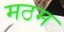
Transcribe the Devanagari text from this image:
मठम